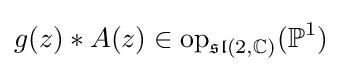
g(z)*A(z)\in {\text{op}}_{{\mathfrak {sl}}(2,\mathbb {C} )}(\mathbb {P} ^{1})